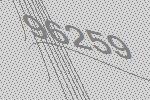
96259